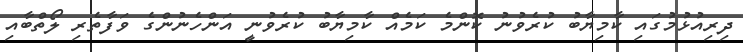
ދިރިއުޅުމުގައި ކާމިޔާބު ކުރެވުނު ކޮންމެ ކަމެއް ކާމިޔާބު ކުރެވުނީ އަންހެނުންގެ ވަފާތެރި ލޯތްބާއި